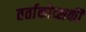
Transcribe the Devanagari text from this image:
तर्ताकोव्सकी